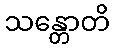
သန္တောတိ